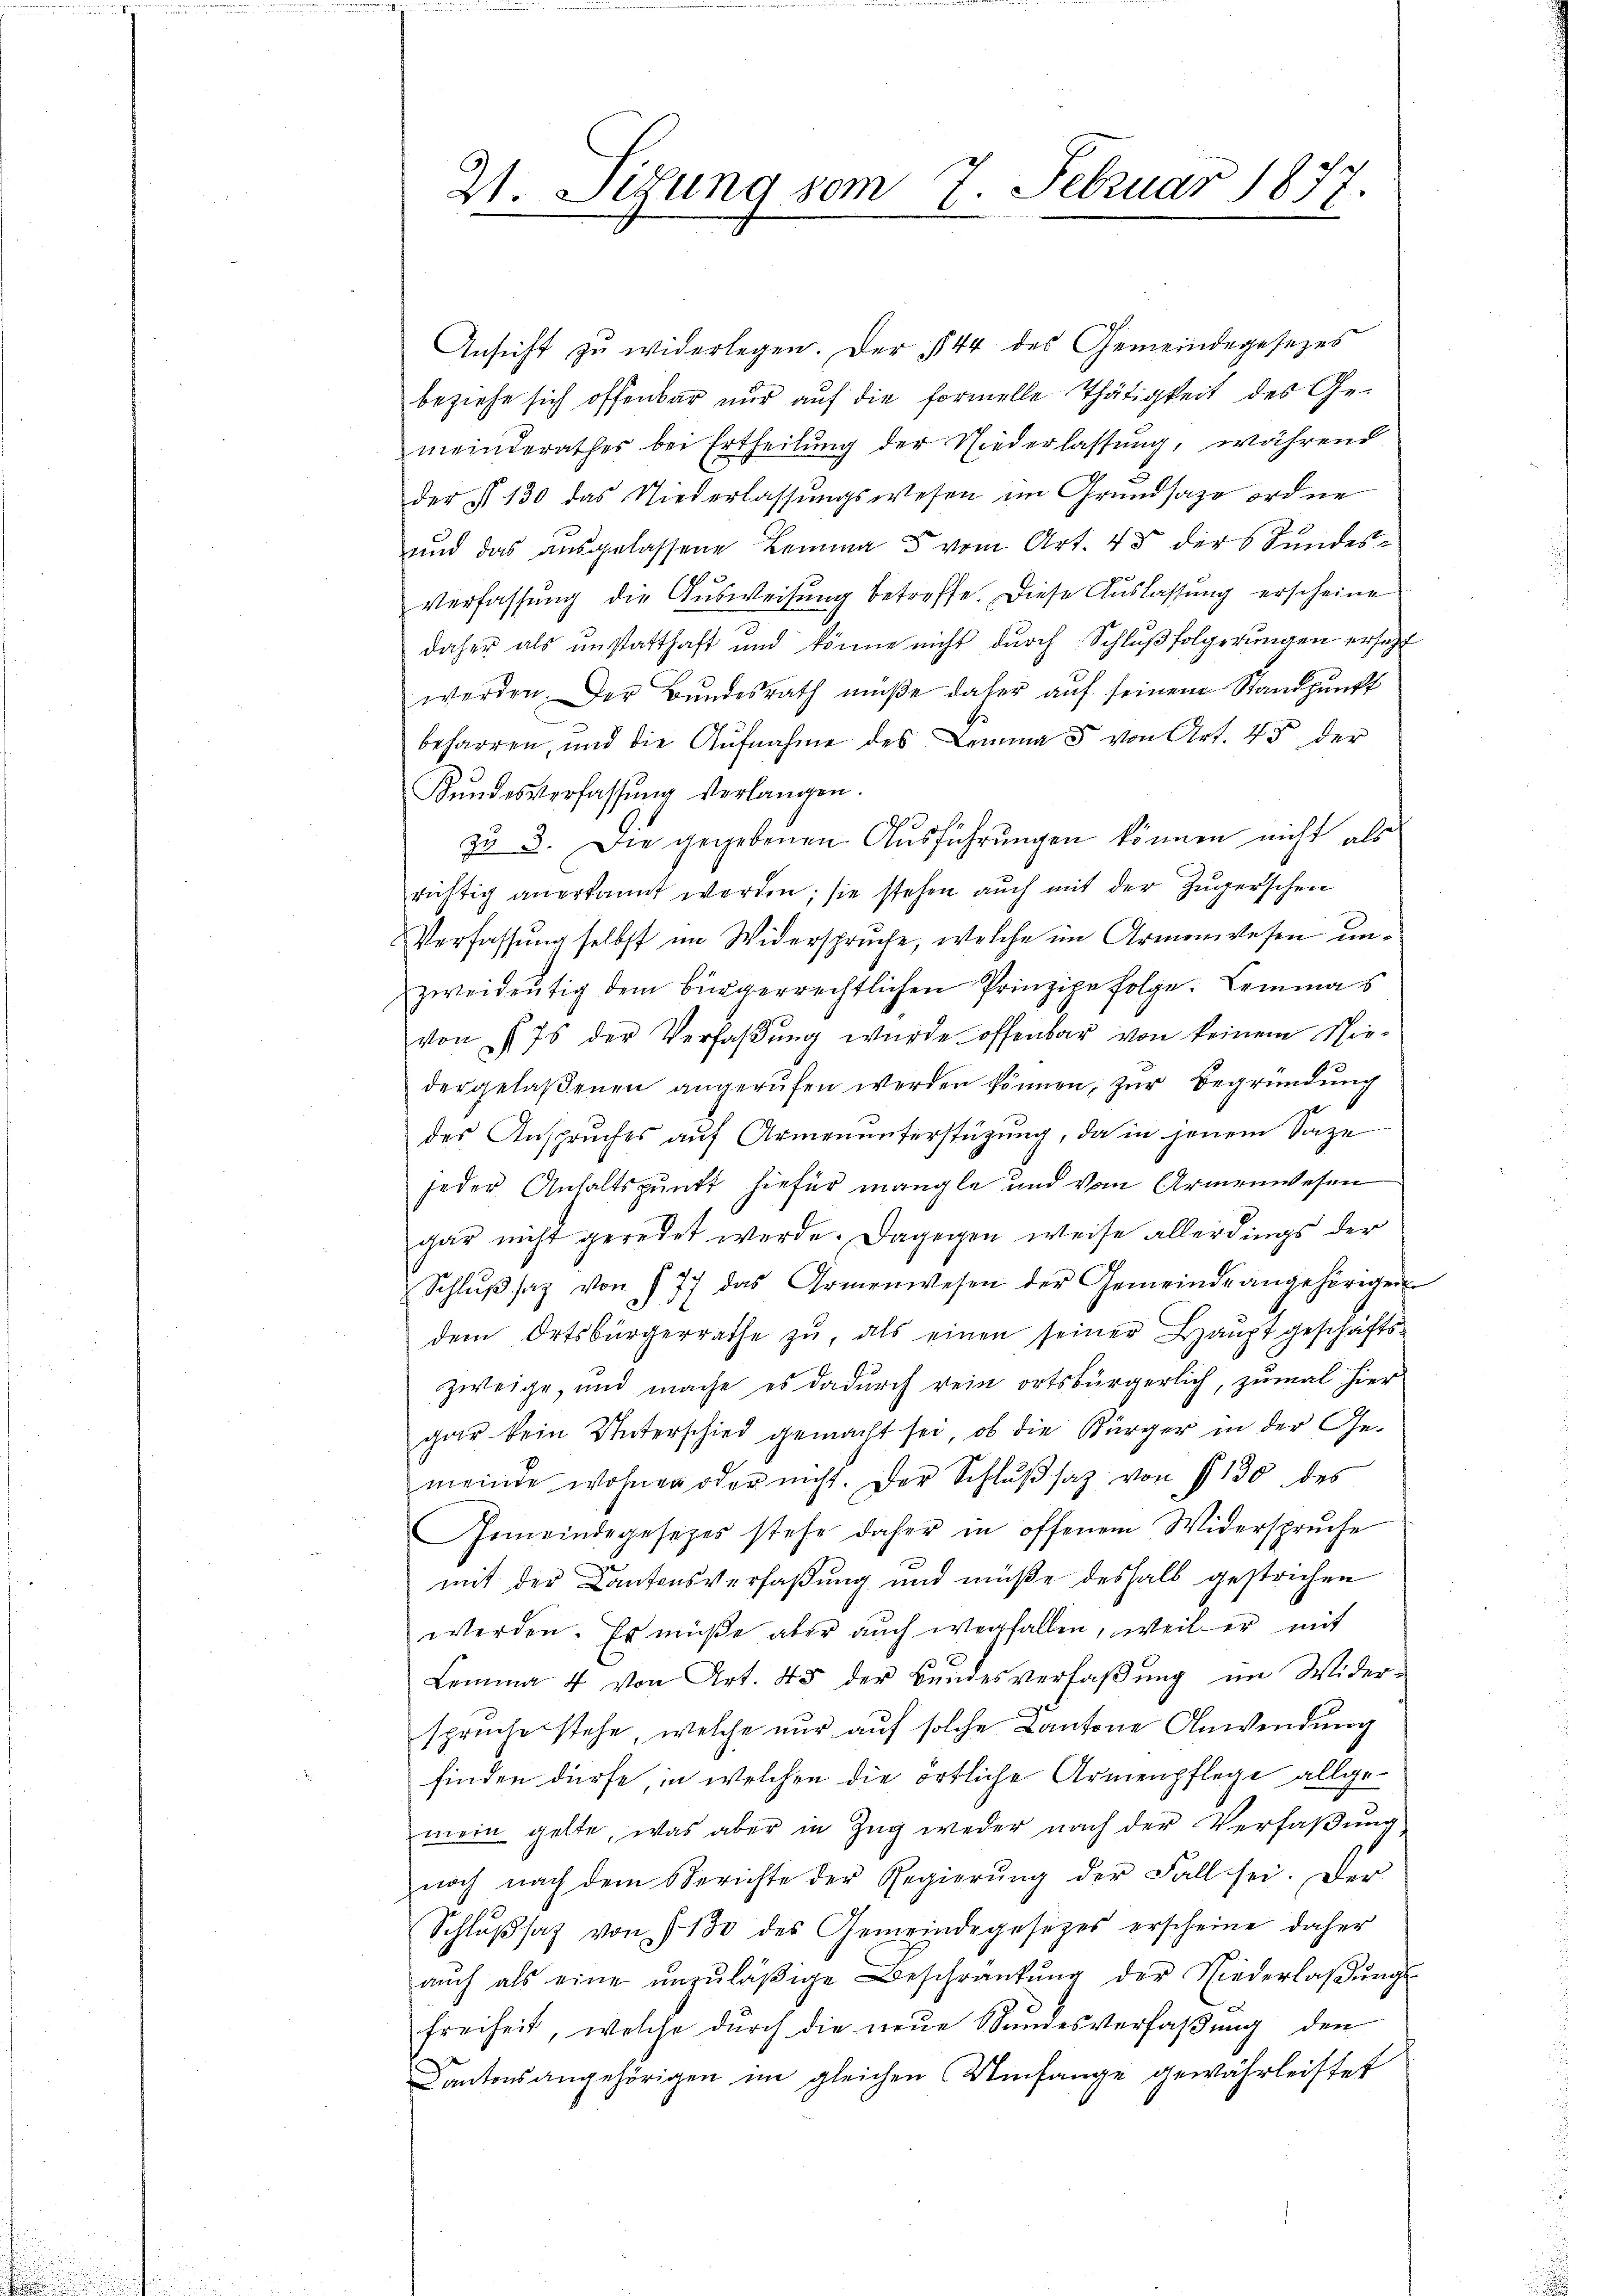
21. Sitzung vom 7. Februar 1877.

Ansicht zu widerlegen. Der 1844 des Gemeindegesezes
beziehe sich offenbar nur auf die formelle Thätigkeit des Gemeinderathes bei Ertheilung der Niederlassung, während
der § 130 das Niederlassŭngswesen im Grundsazo ordne
und das ausgelassene Lemma 5 vom Art. 43 der Sundes¬
Verfassung die Ausweisung betreffe. Diese Auslassung erscheine
daher als unstatthaft und könne nicht durch Schlŭβ folgerungen ersetzt
werden. Der Bŭndesrath müße daher aŭf seinem Standpunkt
beharren, und die Aufnahme des Lemma 5 von Art. 45 der
Kŭndesverfassŭng verlangen.
e
s
zu 3. Die gegebenen Aŭsführŭngen können nicht als
richtig anerkannt werden; sie stehen auch mit der Zugerschen
Verfassung selbst im Widerspruche, welche im Armenwesen unzweideutig dem bürgerrechtlichen Prinzipe folge. Lemma s
von 175 der Verfaßung wurde offenbar von keinem Siee
dergelaßenen angerufen werden können, zur Begründung
des Anspruches auf Armenunterstüzung, da in jenem Sage
jeder Anhaltspunkt hiefür mangle und vom Armenwesen
gar nicht geredet werde. Dagegen weise allerdings der
Schlŭβsaz von 177 das Armenwesen der Gemeinde angehörigen
dem Ortsbürgerrathe zŭ, als einen seiner Baŭpt geschäfts-
zweige, und mache es dadurch rein ortsbürgerlich, zumal hier
gar kein Unterschied gemacht sei, ob die Bürger in der Gemeinde wohnen oder nicht. Der Schlŭβsaz von § 130 des
Gemeindegesetzes stehe daher in offenem Widerspruche
mit der Kantonsverfaßung und müße deshalb gestrichen
werden. Es müße aber auch wegfallen, weil er mit
Lemma 4 von Art. 45 der Bundesverfaßung im Wider-
spruche stehe, welche nur auf solche Kantone Anwendung
finden dürfe, in welchen die örtliche Armenpflege allgemein gelte, was aber in Zug weder nach der Verfaßung
noch nach dem Berichte der Regierŭng der Fall sei. Der
Schlußsaz von 1130 des Gemeindegesetzes erscheine daher
aŭch als eine ŭnzŭläβige Beschränkŭng der Niederlaβŭngs-
freiheit, welche durch die neue Stundesverfaßung den
Cantonsangehörigen im gleichen Umfange gewährleistet